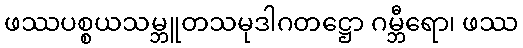
ဖဿပစ္စယသမ္ဘူတသမုဒါဂတဋ္ဌော ဂမ္ဘီရော၊ ဖဿ